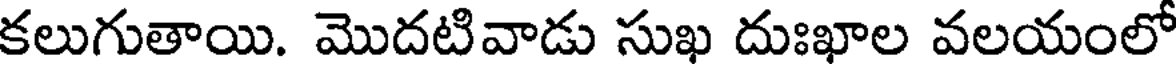
కలుగుతాయి. మొదటివాడు సుఖ దుఃఖాల వలయంలో